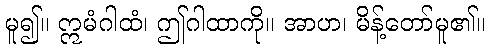
မူ၍။ ဣမံဂါထံ၊ ဤဂါထာကို။ အာဟ၊ မိန့်တော်မူ၏။